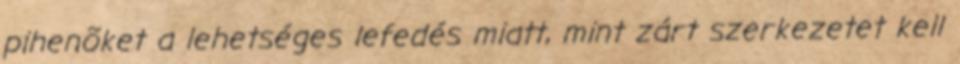
pihenõket a lehetséges lefedés miatt, mint zárt szerkezetet kell